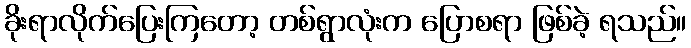
ခိုးရာလိုက်ပြေးကြတော့ တစ်ရွာလုံးက ပြောစရာ ဖြစ်ခဲ့ ရသည်။